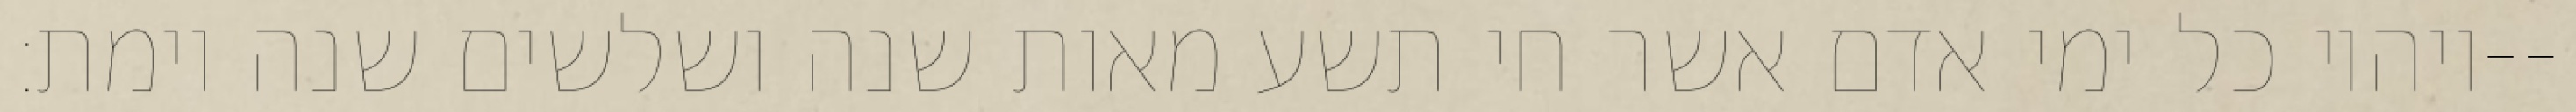
ויהיו כל ימי אדם אשר חי תשע מאות שנה ושלשים שנה וימת׃--